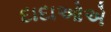
દાદાઓએ